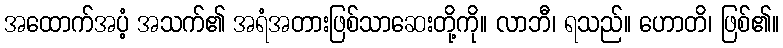
အထောက်အပံ့ အသက်၏ အရံအတားဖြစ်သာဆေးတို့ကို။ လာဘီ၊ ရသည်။ ဟောတိ၊ ဖြစ်၏။